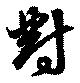
対